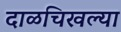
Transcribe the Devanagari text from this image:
दाळचिखल्या